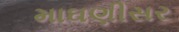
માઘણીસર